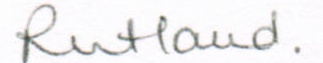
Rutlaud.